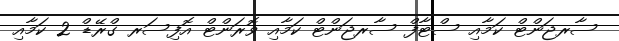
ސާރޖަންޓް ކަމާއި ސްޓާފް ސާރޖަންޓް ކަމާއި ވޮރަންޓް އޮފިސަރ ގްރޭޑް 2 ކަމާއި